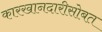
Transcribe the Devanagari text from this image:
कारखानदारीसोबत